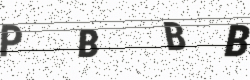
Text: PBBB